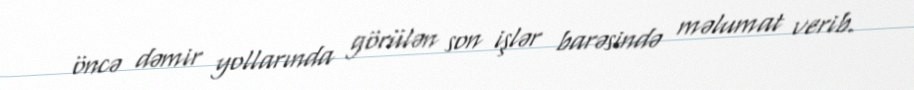
öncə dəmir yollarında görülən son işlər barəsində məlumat verib.